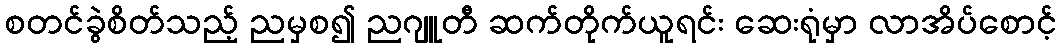
စတင်ခွဲစိတ်သည့် ညမှစ၍ ညဂျူတီ ဆက်တိုက်ယူရင်း ဆေးရုံမှာ လာအိပ်စောင့်